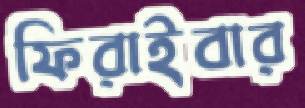
ফিরাইবার